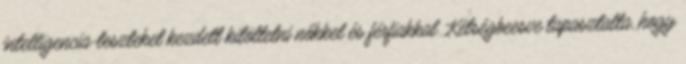
intelligencia-teszteket kezdett kitöltetni nőkkel és férfiakkal. Kétségbeesve tapasztalta, hogy